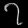
Digit: ၇